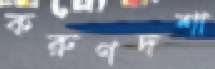
করুণদশা